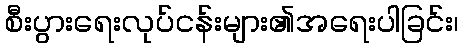
စီးပွားရေးလုပ်ငန်းများ၏အရေးပါခြင်း၊